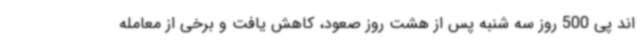
اند پی 500 روز سه شنبه پس از هشت روز صعود، کاهش یافت و برخی از معامله